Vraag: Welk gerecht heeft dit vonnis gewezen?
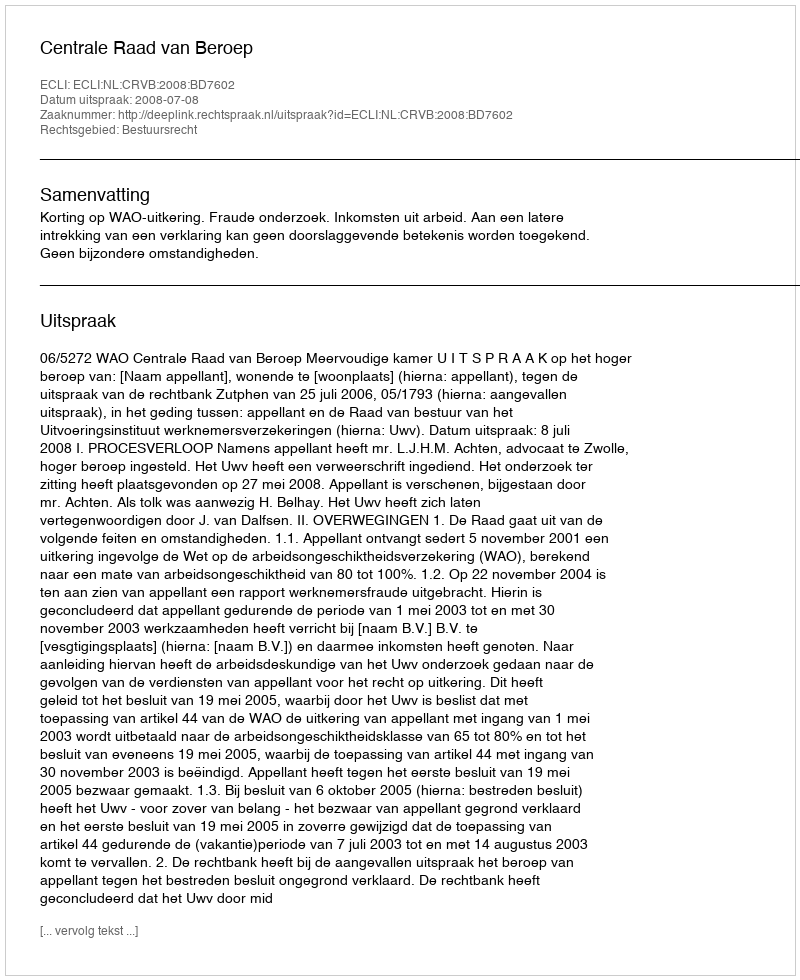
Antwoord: Centrale Raad van Beroep